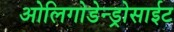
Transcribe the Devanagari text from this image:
ओलिगोडेन्ड्रोसाईट